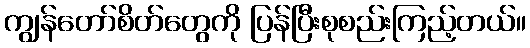
ကျွန်တော်စိတ်တွေကို ပြန်ပြီးစုစည်းကြည့်တယ်။